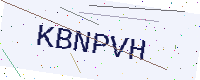
Text: KBNPVH